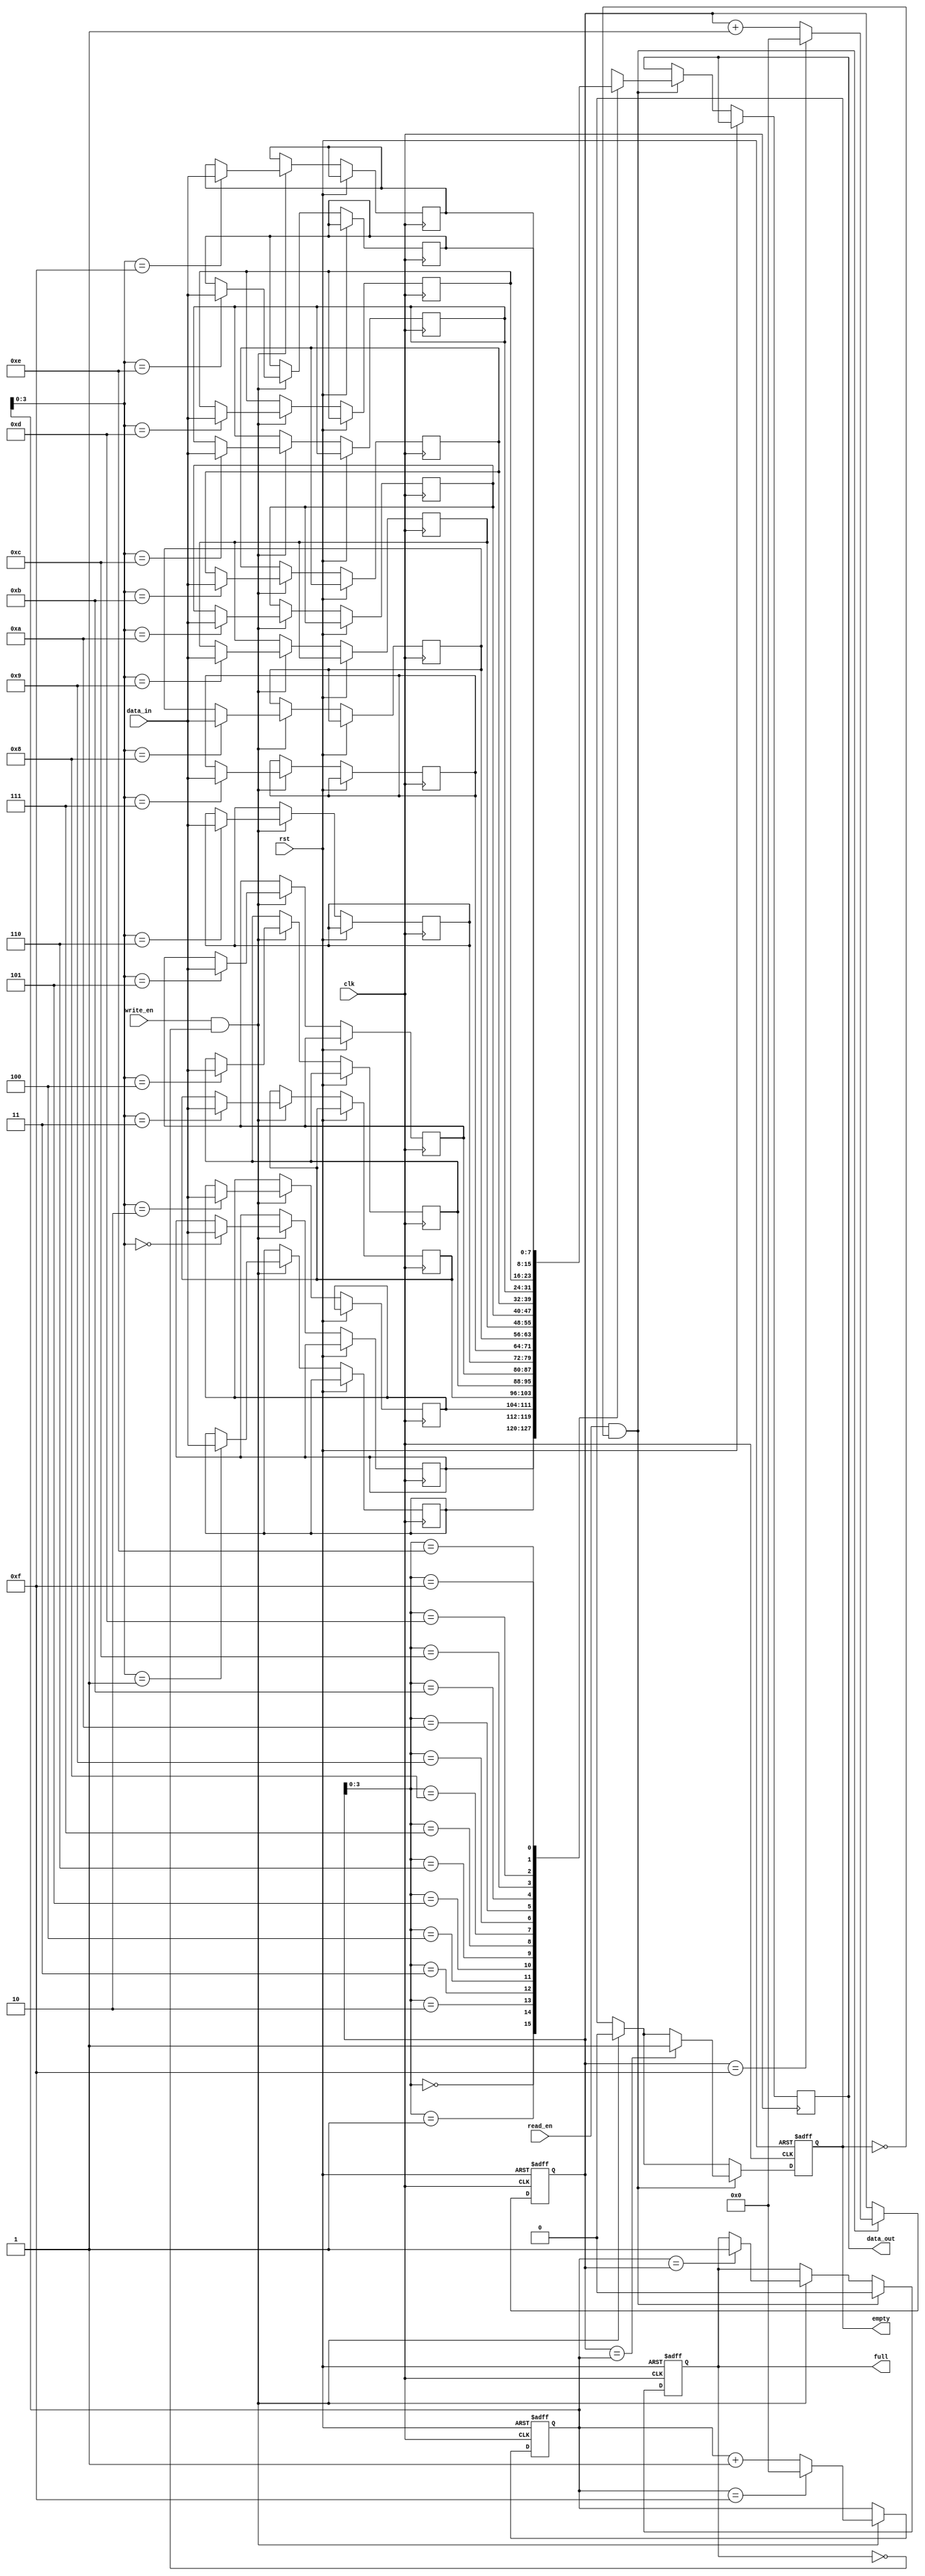
module first_word_fall_through_fifo (
    input wire                 clk,            // Clock signal
    input wire                 rst,            // Reset signal
    input wire                 write_en,       // Write enable signal
    input wire [WIDTH-1:0]     data_in,        // Input data
    output wire                full,           // FIFO full flag
    input wire                 read_en,        // Read enable signal
    output wire                empty,          // FIFO empty flag
    output wire [WIDTH-1:0]    data_out        // Output data
);

parameter WIDTH = 8;                            // Data width of FIFO buffer
parameter DEPTH = 16;                           // Depth of FIFO buffer

reg [WIDTH-1:0]   fifo [DEPTH-1:0];             // FIFO buffer
reg [4:0]         write_ptr, read_ptr;          // Write and read pointers
reg               full, empty;                  // Flags to indicate FIFO status

always @(posedge clk or posedge rst) begin
    if (rst) begin
        write_ptr <= 0;
        read_ptr <= 0;
        full <= 0;
        empty <= 1;
    end else begin
        if (write_en && !full) begin
            fifo[write_ptr] <= data_in;
            write_ptr <= write_ptr + 1;
            if (write_ptr == DEPTH-1) begin
                write_ptr <= 0;
            end
            if (write_ptr == read_ptr) begin
                full <= 1;
            end
            empty <= 0;
        end
        if (read_en && !empty) begin
            data_out <= fifo[read_ptr];
            read_ptr <= read_ptr + 1;
            if (read_ptr == DEPTH-1) begin
                read_ptr <= 0;
            end
            if (read_ptr == write_ptr) begin
                empty <= 1;
            end
            full <= 0;
        end
    end
end

endmodule